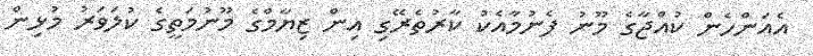
އެއަންހެން ކުއްޖާގެ މޫނު ފެނުމާއެކު ކާރުތެރޭގި އިން ޒިޔާމްގެ މޫނުމަތީގެ ކުލަވަރު މުޅިން